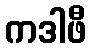
ကဒါဖီ